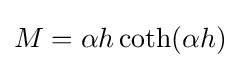
M=\alpha h\coth(\alpha h)